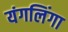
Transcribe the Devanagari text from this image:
यंगलिंगा